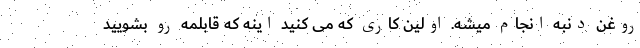
روغن دنبه انجام میشه. اولین کاری که می کنید اینه که قابلمه رو بشویید